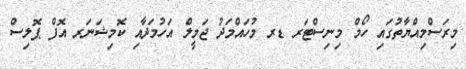
މިރަސްމިއްޔާތުގައި ހޯމް މިނިސްޓަރ ޑރ މުހައްމަދު ޖަމީލް އަހުމަދާއި ކޮމިޝަނަރ އޮފް ޕޮލިސް